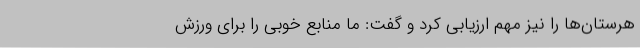
هرستان‌ها را نیز مهم ارزیابی کرد و گفت: ما منابع خوبی را برای ورزش